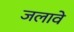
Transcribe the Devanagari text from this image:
जलावे